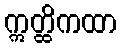
ဣတ္ထိကထာ